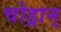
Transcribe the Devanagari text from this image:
चोड्रान्‌